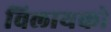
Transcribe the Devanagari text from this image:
विलायको